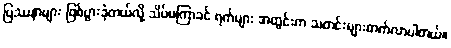
ပြဿနာများ ဖြစ်ပွားခဲ့တယ်လို့ သိပ်မကြာခင် ရက်များ အတွင်းက သတင်းများတက်လာပါတယ်။